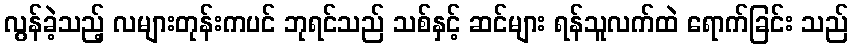
လွန်ခဲ့သည့် လများတုန်းကပင် ဘုရင်သည် သစ်နှင့် ဆင်များ ရန်သူလက်ထဲ ရောက်ခြင်း သည်